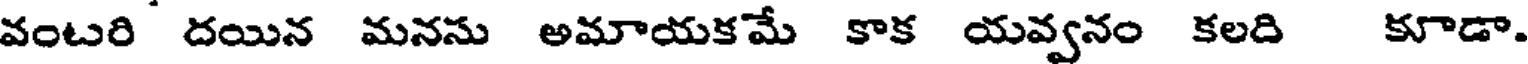
వంటరి దయిన మనసు అమాయకమే కాక యవ్వనం కలది కూడా.